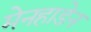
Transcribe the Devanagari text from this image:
मेनहाडेन